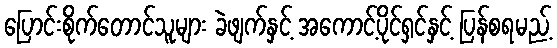
ပြောင်းစိုက်တောင်သူများ ခဲဖျက်နှင့် အကောင့်ပိုင်ရှင်နှင့် ပြန်စရမည့်